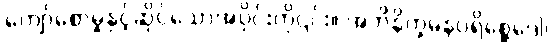
ကျော်စောမှုနှင့်ဆိုင်သောအပိုင်းကို၎င်း။ အဘိနိက္ခမနပရိစ္ဆေဒေါ၊